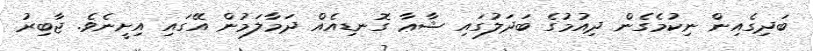
ބަދިގެއިން ނިކުމެގެން ދިއުމުގެ ބަދަލުގައި ޝާޢާ ގޮނޑިއެއް ދަމާލަމުން އޭގައި އިށީނެވެ. ޖާބިރު